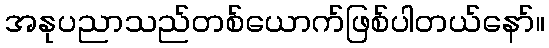
အနုပညာသည်တစ်ယောက်ဖြစ်ပါတယ်နော်။